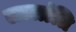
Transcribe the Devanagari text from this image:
लालांति